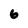
Character: 6